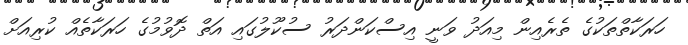
ހަރަކާތްތަކުގެ ތެރެއިން މިއަދު ވަނީ އިސްކަންދަރު ސުކޫލުގައި އަތް ދޮވުމުގެ ހަރަކާތެއް ކުރިއަށް